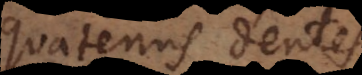
quatenus dentes